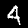
Label: 4